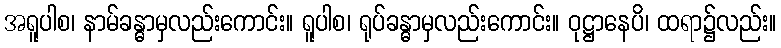
အရူပါစ၊ နာမ်ခန္ဓာမှလည်းကောင်း။ ရူပါစ၊ ရုပ်ခန္ဓာမှလည်းကောင်း။ ဝုဋ္ဌာနေပိ၊ ထရာ၌လည်း။